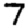
Digit: 7